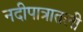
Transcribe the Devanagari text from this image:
नदीपात्रातली